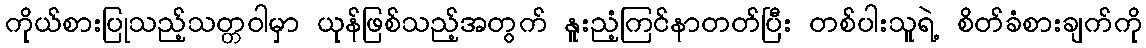
ကိုယ်စားပြုသည့်သတ္တဝါမှာ ယုန်ဖြစ်သည့်အတွက် နူးညံ့ကြင်နာတတ်ပြီး တစ်ပါးသူရဲ့ စိတ်ခံစားချက်ကို